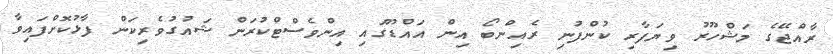
ރާއްޖޭގެ މަޝްހޫރު ވިޔަފާރި ކުންފުނި ރެއިންބޯ އިން އައްޑޫގައި އިންވެސްޓްކުރަން ޝައުގުވެރިކަން ފާޅުކޮށްފައިވާ